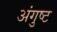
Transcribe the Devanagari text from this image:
अंगुष्ट